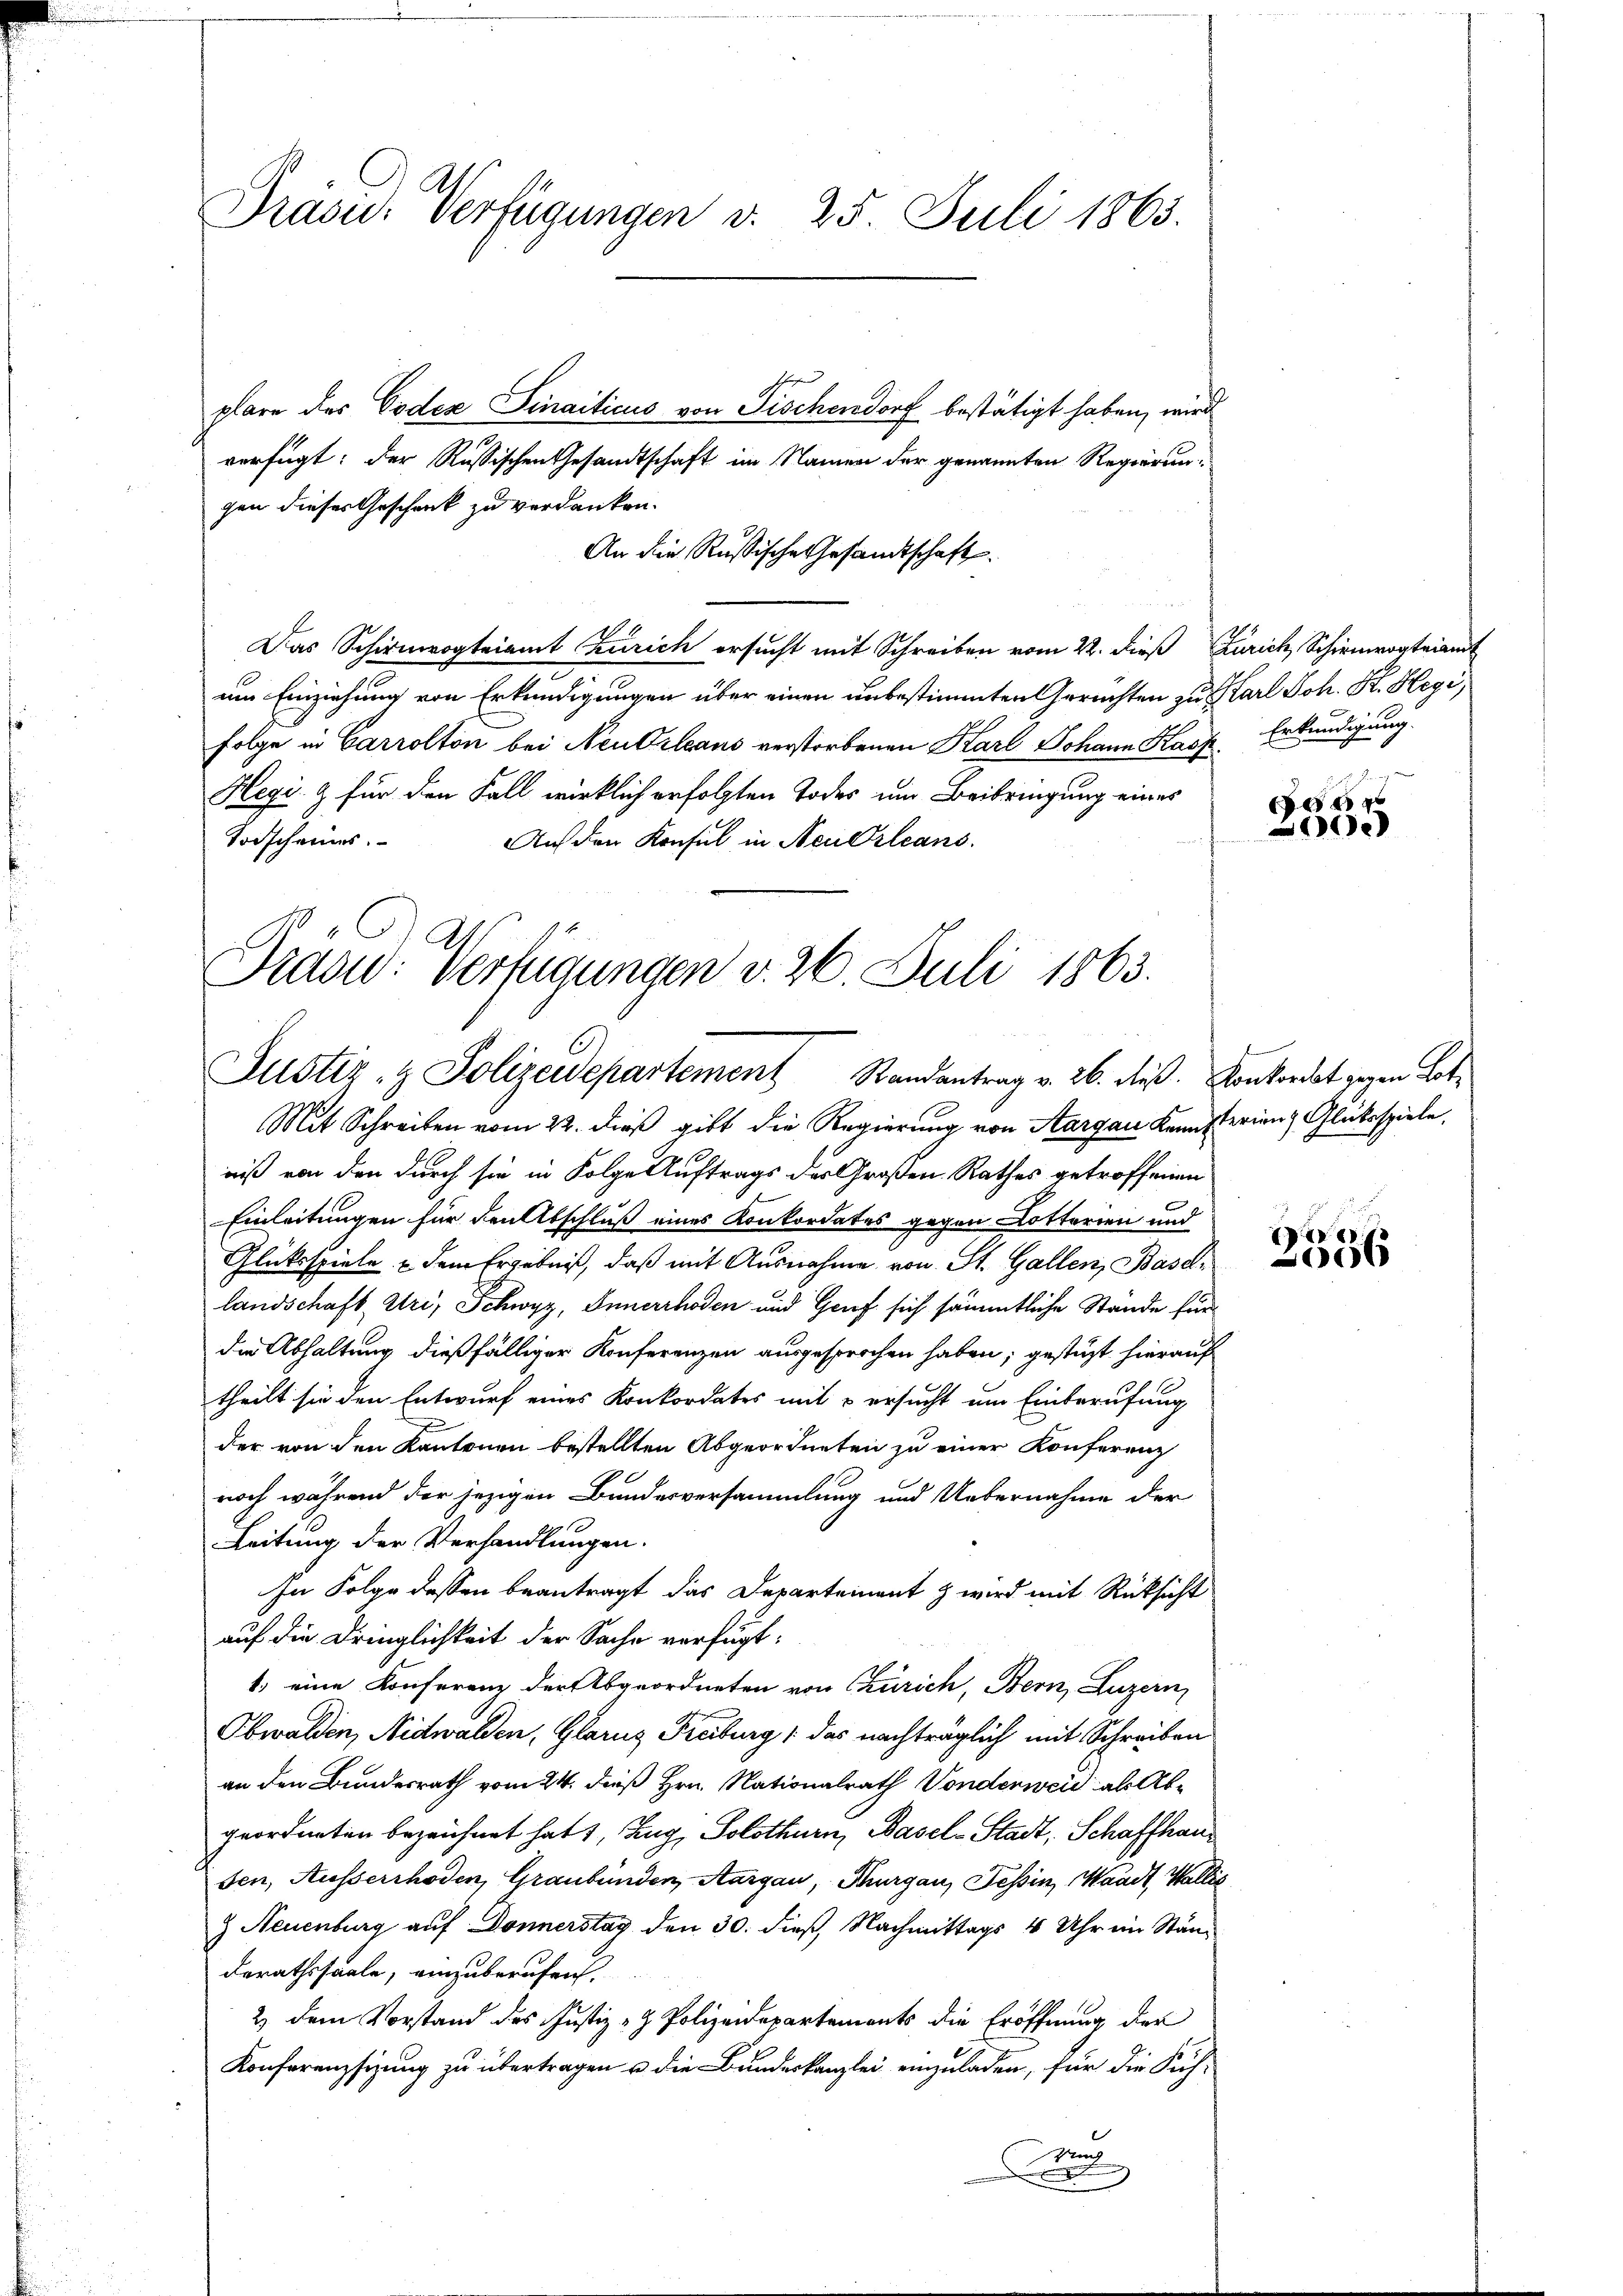
Prase. Verfügungen v. 25. Juli 1863.

shofen
plare des Codex Sinaiticus von Fischendorf bestätigt haben, wird
verfügt: der Russischen Gesandtschaft im Namen der genannten Regierungen dieses Geschenk zu verdanken.
An die Rußische Gesandtschaft.
Das Schirmvogteiamt Zürich ersucht mit Schreiben vom 22. dieß Zürich, Schir
um Einziehung von Erkundigungen über einen unbestimmten Gerichten zu Karl Joh. K. Hegi,
Folge in Carrolton bei Neubileaus verstorbenen Karl Johann Kasp. Erkundigung
Hegi & für den Fall wirklich erfolgten Todes um Beibringung eines
Todscheines.
Auf den Konsul in Neu Orleans

Mit Schreiben vom 22. dieß gibt die Regierung von Aargau Kemnisterian Glücksspiele,
niß von den durch sie in Folge Auftrags der Großen Rathes getroffenen
Einleitungen für den Abschluß eines Konkordates gegen Cottarien und
Glüksspiele u dem Ergebniß, daß mit Ausnahme von St. Gallen, Basel-
landschaft Uri, Schwyz, Innerrhoden und Graf sich sämmtliche Stände für
die Abhaltung dießfälliger Konferenzen ausgesprochen haben; gestüzt hierauf
theilt sie den Entwurf eines Konkordates mit u ersucht um Einberufung
der von den Kantonen bestellten Abgeordneten zu einer Konferenz
noch während der jezigen Bundesversammlung und Uebernahme der
Leitung der Verhandlungen.
In Folge dessen beantragt das Departement & wird mit Rücksicht
auf die Dringlichkeit der Sache verfügt:
1) eine Konferenz der Abgeordneten von Zürich, Bern, Luzern,
Obwalden, Nidwalden, Glarus Freiburg , das nachträglich mit Schreiben
an den Bundesrath vom 24. dieß Hrn. Nationalrath Vonderweid als Abgeordneten bezeichnet hat 1, Zug, Solothurn, Basel-Stadt, Schaffhaus
sen, Ausserrhoden, Graubünden, Aargau, Thurgau, Tessin, Waadt, Wallis
z Neuenburg auf Donnerstag den 30. dieß Nachmittags 4 Uhr im Stän-
derathssaale, einzuberufen.
2) dem Vorstand des Justiz- & Polizeidepartements die Eröffnung der
Konferenzsizung zu übertragen u. die Bundeskanzlei einzuladen, für die Sich-
n

Grasw. Verfügungen v. 26. Juli 1863.
Justiz- & Polizeidepartement Randantrag v. 26. dieß. Konkordat gegen Lot¬

g
20)

r
2056